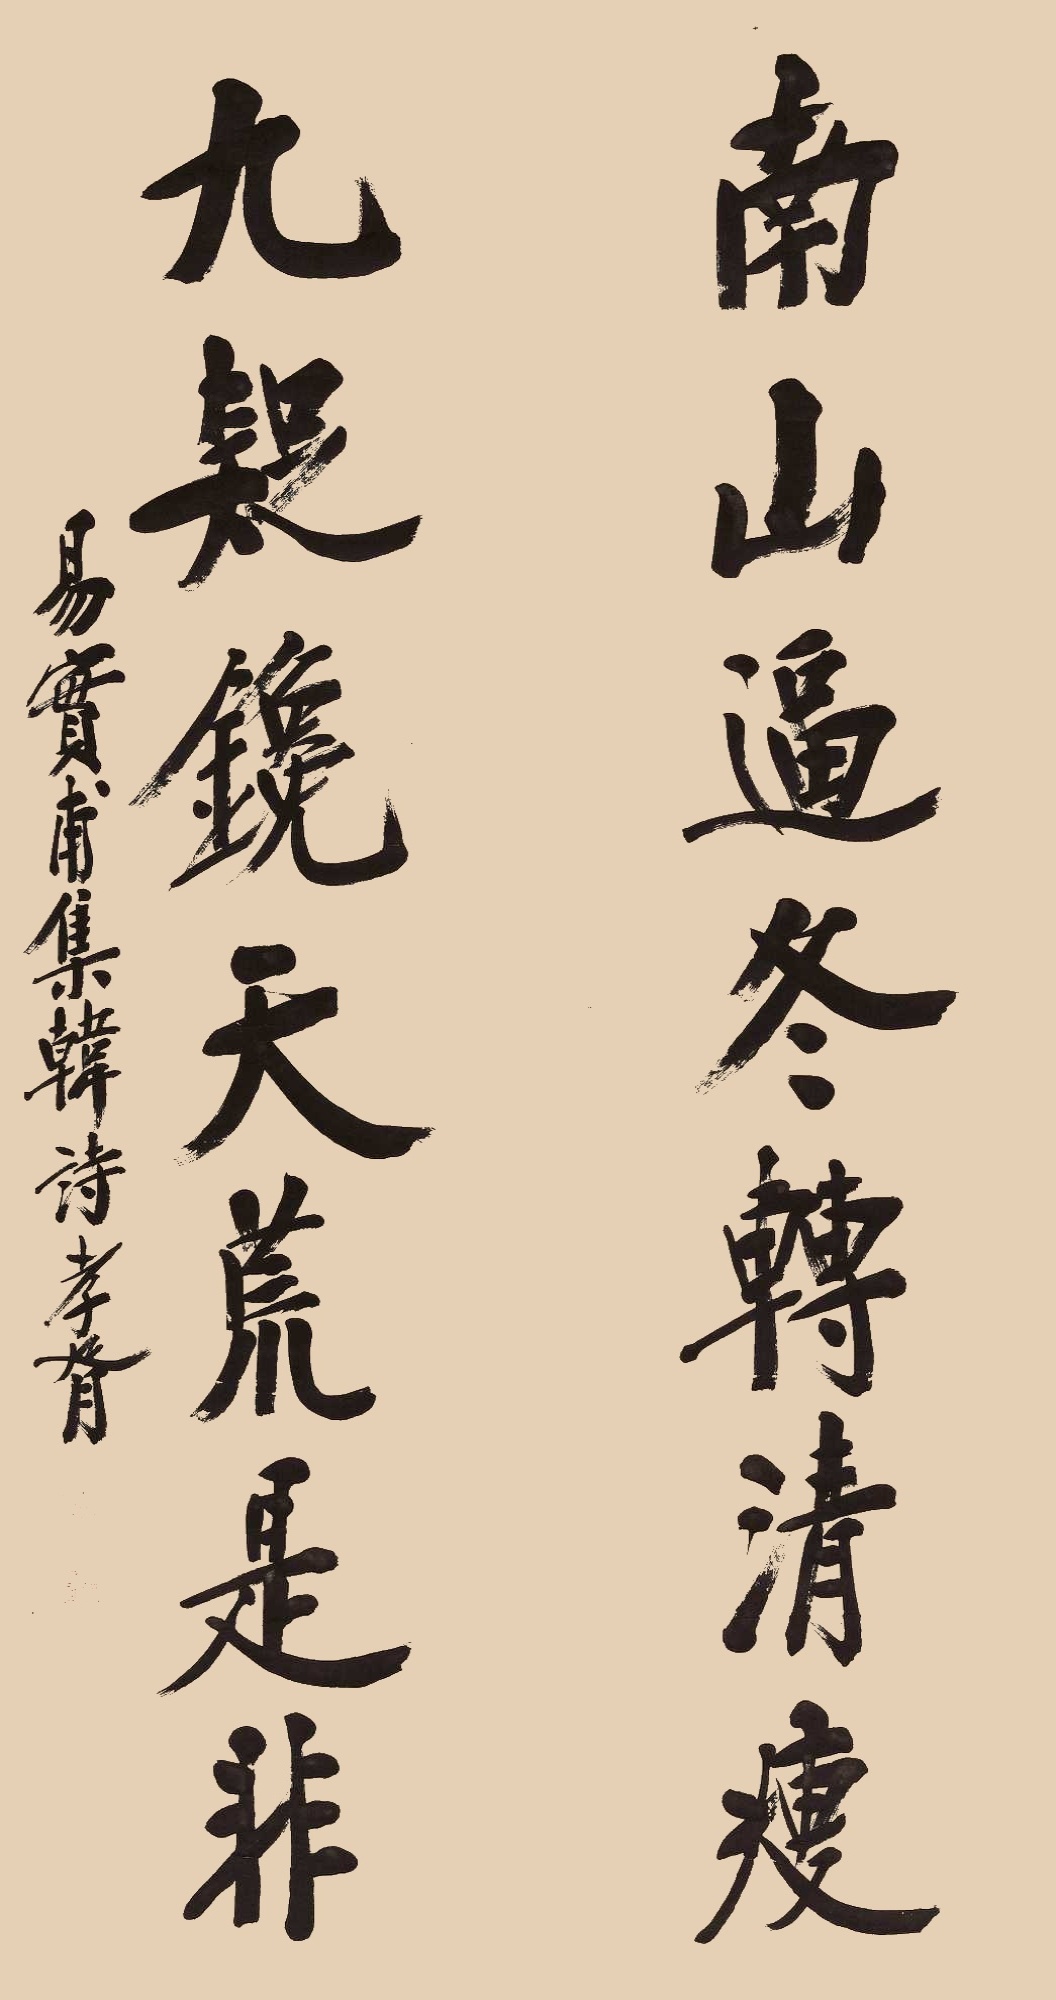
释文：南山逼冬转清瘦，九疑镜天荒是非。易实甫集韩诗，孝胥。